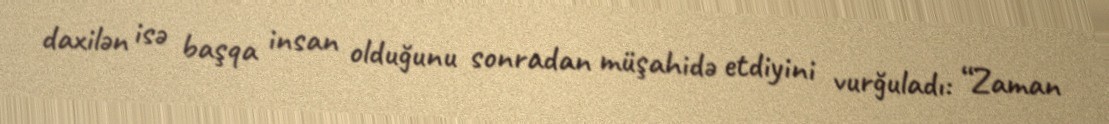
daxilən isə başqa insan olduğunu sonradan müşahidə etdiyini vurğuladı: “Zaman